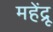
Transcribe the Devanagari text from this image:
महेंद्रू